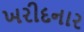
ખરીદનાર